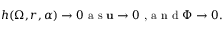
h ( \Omega , r , \alpha ) \to 0 \textrm { a s } \mathbf { u } \to 0 \textrm { , a n d } \Phi \to 0 .